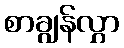
စာချွန်လွှာ